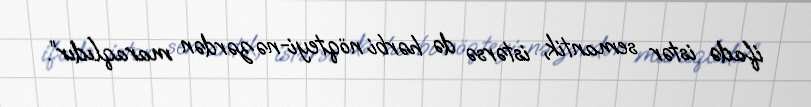
ifadə istər semantik, istərsə də hərbi nöqteyi-nəzərdən maraqlıdır”.